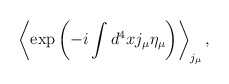
\begin{align*}\left<\exp\left(-i\int d^4xj_\mu\eta_\mu\right)\right>_{j_\mu},\end{align*}